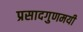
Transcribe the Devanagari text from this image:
प्रसादगुणमयी